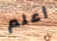
أعلم